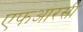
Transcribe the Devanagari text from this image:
एफआरसी